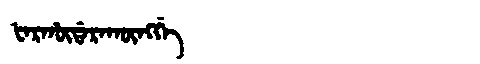
Manchu: ᡶᠠᡵᡥᡡᡩᠠᡵᠠᡴᡡᠩᡤᡝ
Romanization: FARHŪDARAKŪNGGE